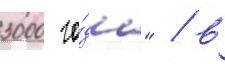
3000 го́да" / в